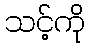
သင့်ကို